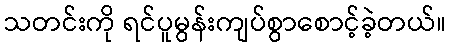
သတင်းကို ရင်ပူမွန်းကျပ်စွာစောင့်ခဲ့တယ်။